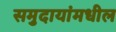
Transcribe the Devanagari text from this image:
समुदायांमधील